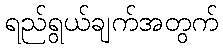
ရည်ရွယ်ချက်အတွက်